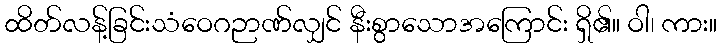
ထိတ်လန့်ခြင်းသံဝေဂဉာဏ်လျှင် နီးစွာသောအကြောင်း ရှိ၏။ ဝါ၊ ကား။